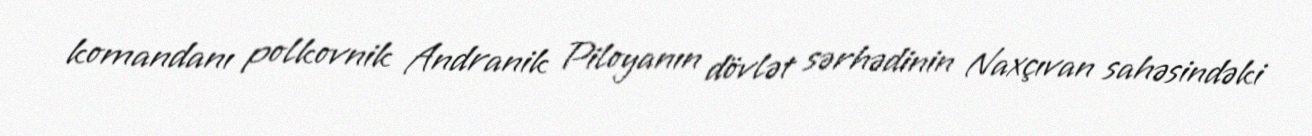
komandanı polkovnik Andranik Piloyanın dövlət sərhədinin Naxçıvan sahəsindəki